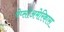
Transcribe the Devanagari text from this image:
पेप्सीअमेरिकास